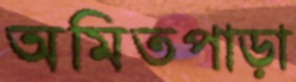
অমিতপাড়া